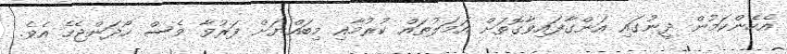
އެހެންކަމުން ދީނުގައި އަންގާފައިވާގޮތަށް އަމަލުތައް ކުރުމާއި މިބައްޔަށް ފަރުވާ ވެސް ހޯދަންޖެހެ އެވެ.